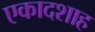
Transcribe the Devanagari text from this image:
एकादशाह